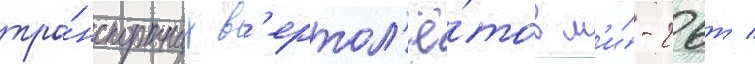
тра́нспортных в'ертол'ё́тов м'и́-26т /